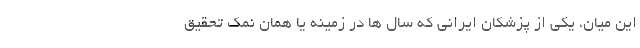
این میان، یکی از پزشکان ایرانی که سال ها در زمینه یا همان نمک تحقیق